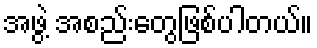
အဖွဲ့ အစည်းတွေဖြစ်ပါတယ်။